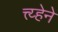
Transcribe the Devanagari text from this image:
त्त्य्हेने